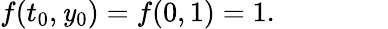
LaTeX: f(t_{0},\mathit{y}_{0})=f(0,1)=1.\qquad\qquad